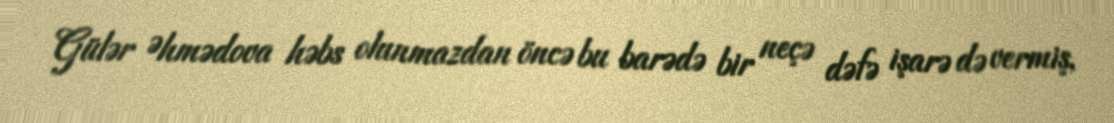
Gülər Əhmədova həbs olunmazdan öncə bu barədə bir neçə dəfə işarə də vermiş,